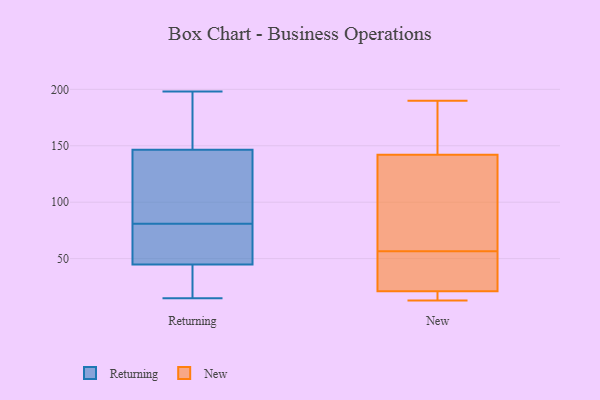
{"axis": {"x": "Revenue (USD Million)", "y": "Value"}, "legend": ["New", "Returning"], "data": [{"x": "", "y": 169, "type": "Returning"}, {"x": "", "y": 142, "type": "Returning"}, {"x": "", "y": 15, "type": "Returning"}, {"x": "", "y": 44, "type": "Returning"}, {"x": "", "y": 44, "type": "Returning"}, {"x": "", "y": 198, "type": "Returning"}, {"x": "", "y": 47, "type": "Returning"}, {"x": "", "y": 81, "type": "Returning"}, {"x": "", "y": 81, "type": "Returning"}, {"x": "", "y": 148, "type": "Returning"}, {"x": "", "y": 70, "type": "Returning"}, {"x": "", "y": 28, "type": "New"}, {"x": "", "y": 19, "type": "New"}, {"x": "", "y": 19, "type": "New"}, {"x": "", "y": 190, "type": "New"}, {"x": "", "y": 187, "type": "New"}, {"x": "", "y": 47, "type": "New"}, {"x": "", "y": 13, "type": "New"}, {"x": "", "y": 21, "type": "New"}, {"x": "", "y": 48, "type": "New"}, {"x": "", "y": 25, "type": "New"}, {"x": "", "y": 137, "type": "New"}, {"x": "", "y": 65, "type": "New"}, {"x": "", "y": 156, "type": "New"}, {"x": "", "y": 142, "type": "New"}, {"x": "", "y": 15, "type": "New"}, {"x": "", "y": 96, "type": "New"}, {"x": "", "y": 128, "type": "New"}, {"x": "", "y": 170, "type": "New"}]}